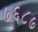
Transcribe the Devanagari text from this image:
७६८७